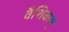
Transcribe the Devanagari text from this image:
वैशिकम्